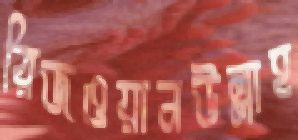
রিজওয়ানউল্লাহ